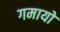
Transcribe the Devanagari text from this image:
गमायो